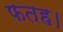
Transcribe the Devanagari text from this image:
फतह।